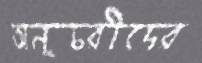
অনুচরীদের